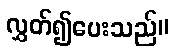
လွှတ်၍ပေးသည်။